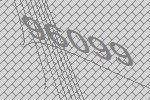
96099